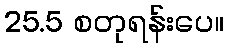
25.5 စတုရန်းပေ။